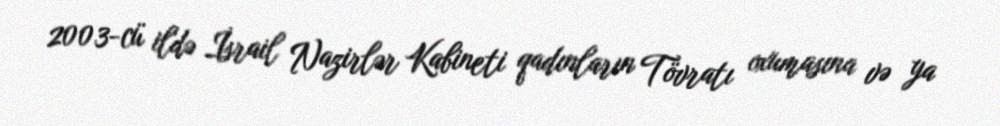
2003-cü ildə İsrail Nazirlər Kabineti qadınların Tövratı oxumasına və ya